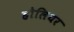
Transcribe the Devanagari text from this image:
हौलियर